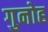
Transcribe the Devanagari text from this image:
गुनोह